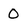
Character: 0